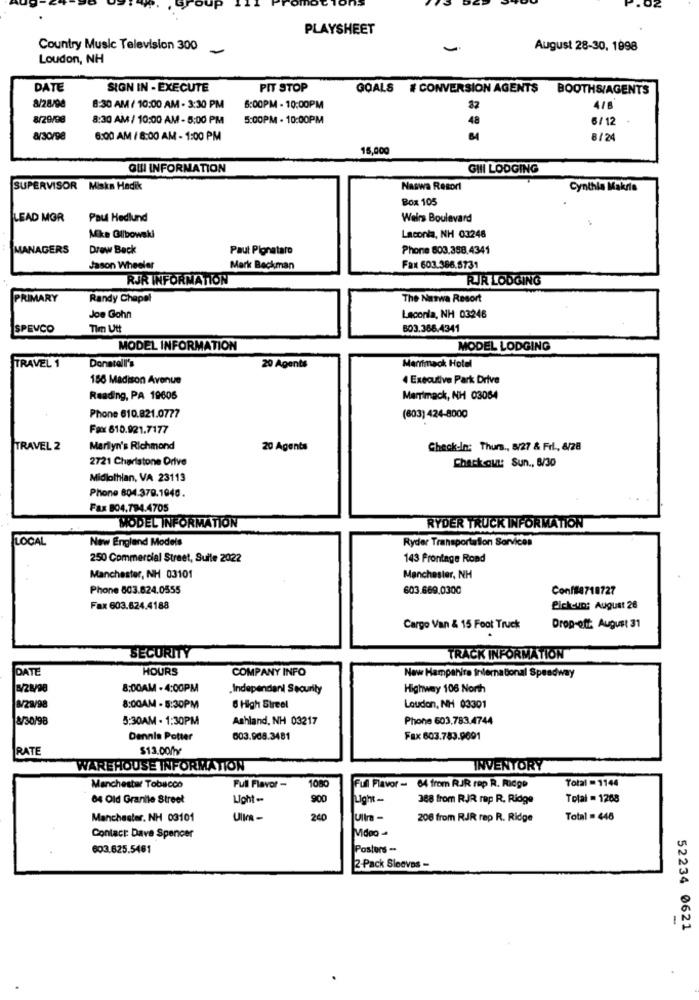
PLAYSHEET
Country Music Television 300
-
August 28-30, 1998
Loudon, NH
DATE
SIGN IN - EXECUTE
PIT STOP
GOALS # CONVERSION AGENTS BOOTHS/AGENTS
8/28/94
8:30 AM / 10:00 AM - 3:30 PM
6:00PM - 10:00PM
82
418
8/29/98
8:30 AM / 10:00 AM - 5:00 PM
5:00PM - 10:00PM
48
6/12
8/30/98
6:00 AM / 8:00 AM - 1:00 PM
8/24
15,000
OUI INFORMATION
GIII LODGING
SUPERVISOR Miska Hadik
Naswa Resort
Cynthia Makris
Box 105
LEAD MGR
Paul Hedlund
Weirs Boulevard
Mike Glibowski
Laconia, NH 03248
MANAGERS
Drew Beck
Paut Pignataro
Phone 803,358.4341
Jason Wheeler
Mark Beckman
Fax 603.386.5731
RJR INFORMATION
RIR LODGING
PRIMARY
Randy Chapel
The Naswa Resort
Joe Gohn
Laconla, NH 03246
SPEVCO
Tim Utt
803.366.4341
MODEL INFORMATION
MODEL LODGING
TRAVEL 1
Donstall's
20 Agents
Merrimack Hotel
150 Madison Avenue
4 Executive Park Drive
Reading, PA 19605
Merrimack, NH 03084
Phone 610.821.0777
(603) 424-8000
Fax 610.921.7177
TRAVEL 2
Marilyn's Richmond
20 Agents
Check-In: Thurs ., 8/27 & Fri ., 8/28
2721 Charistone Drive
Check out: Sun ., 8/30
Midlothian, VA 23113
Phone 804.379.1040.
Fax 804.794.4705
MODEL INFORMATION
RYDER TRUCK INFORMATION
LOCAL
New England Models
Ryder Transportation Services
250 Commercial Street, Sulle 2022
143 Frontage Rond
Manchester, NH 03101
Manchester, NH
Phone 803.824.0555
603.669.0300
Conf#4718727
Fax 603.624.4188
Pickcun: August 26
Cargo Van & 15 Foot Truck
Drop-off. August 31
SECURITY
TRACK INFORMATION
DATE
HOURS
COMPANY INFO
New Hampshire International Speedway
8:00AM - 4:00PM
.Independent Security
Highway 106 North
8/28/98
8:00AM - 5:30PM
6 High Street
Loudon, NH 03301
8/30/98
5:30AM - 1:30PM
Ashland, NH 03217
Phone 603,783.4744
Dennis Potter
003.908.3481
Fax 603.783.9691
RATE
$13.00mr
WAREHOUSE INFORMATION
INVENTORY
Total = 1144
Manchester Tobacco
Full Flavor -
Ful Flavor - 64 from RJR rep R. Ridge
84 Old Granile Street
Light --
900
Light -.
388 from RJR rep R. Ridge
Total = 1268
Manchester. NH 03101
UlIn -
240
206 from RJR rap R. Ridge
Total = 446
Contact: Dave Spencer
603.625.5461
Posters -
2 -Pack Sleeves -
52234 0621